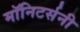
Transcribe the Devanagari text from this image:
मॉनिटर्सनी